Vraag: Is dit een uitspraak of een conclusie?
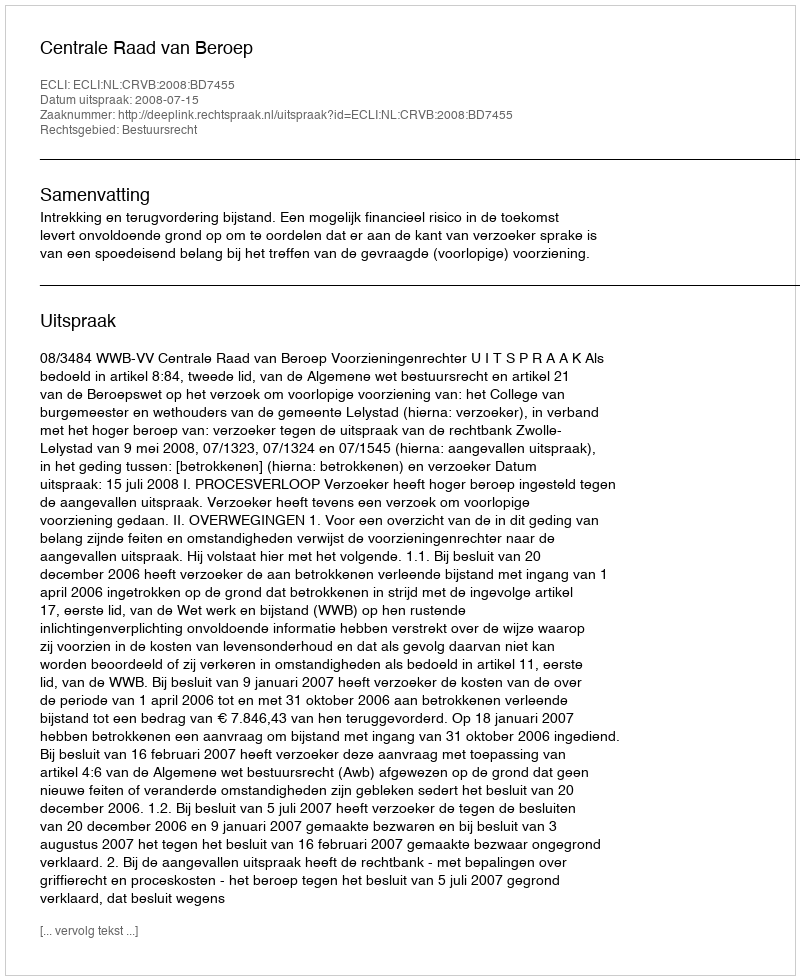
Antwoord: Uitspraak